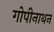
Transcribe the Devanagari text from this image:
गोपीनाथन